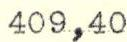
409,40